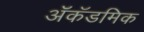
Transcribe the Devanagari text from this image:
ॲकॅडमिक